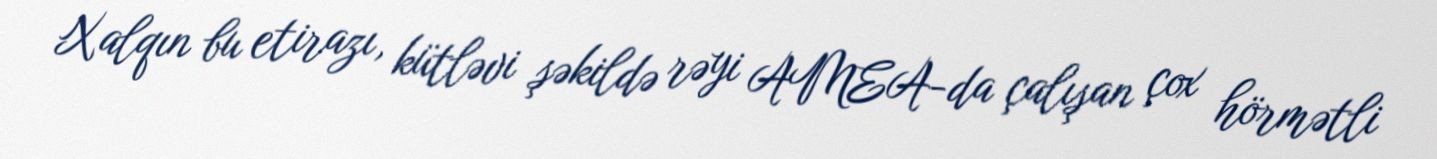
Xalqın bu etirazı, kütləvi şəkildə rəyi AMEA-da çalışan çox hörmətli